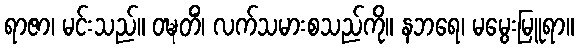
ရာဇာ၊ မင်းသည်။ ဝဍ္ဎတိံ၊ လက်သမားစသည်ကို။ နဘရေ၊ မမွေးမြူရာ။